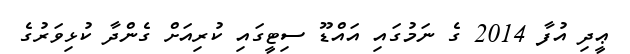
ޢީދި އުފާ 2014 ގެ ނަމުގައި އައްޑޫ ސިޓީގައި ކުރިއަށް ގެންދާ ކުޅިވަރުގެ